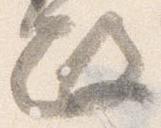
政